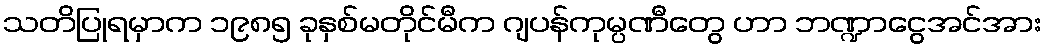
သတိပြုရမှာက ၁၉၈၅ ခုနှစ်မတိုင်မီက ဂျပန်ကုမ္ပဏီတွေ ဟာ ဘဏ္ဍာငွေအင်အား